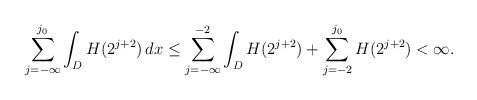
LaTeX: \begin{align*}\sum_{j=-\infty}^{j_0} \int_{D} H(2^{j+2}) \, dx\le \sum_{j=-\infty}^{-2} \int_{D} H(2^{j+2}) + \sum_{j=-2}^{j_0}H(2^{j+2})< \infty.\end{align*}